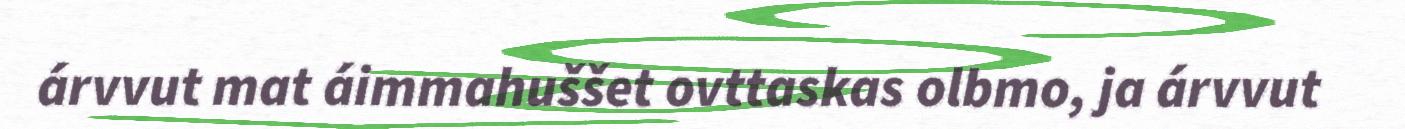
árvvut mat áimmahuššet ovttaskas olbmo, ja árvvut